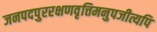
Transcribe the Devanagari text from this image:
जनपदपुररक्षणवृत्तिमनुपजीत्यपि